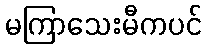
မကြာသေးမီကပင်